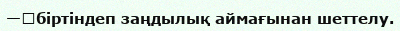
—	біртіндеп заңдылық аймағынан шеттелу.